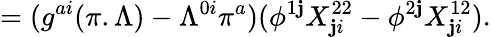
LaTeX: =(g^{ai}(\pi.\Lambda)-\Lambda^{0i}\pi^{a})(\phi^{1\mathbf{j}}X_{\mathbf{j}i}^{22}-\phi^{2\mathbf{j}}X_{\mathbf{j}i}^{12}).